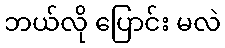
ဘယ်လို ပြောင်း မလဲ